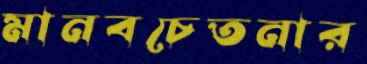
মানবচেতনার